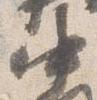
中